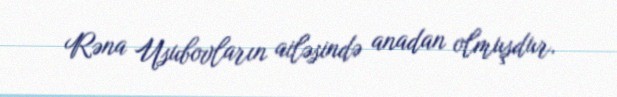
Rəna Usubovların ailəsində anadan olmuşdur.